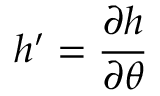
h ^ { \prime } = \frac { \partial h } { \partial \theta }